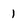
Character: 1